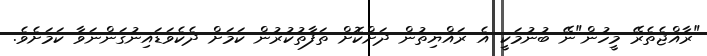
"ރާއްޖެތެރޭ މީހުން"ނޭ ބުނުމަކީ އެ ރައްޔިތުން ދަށްކޮށް ތަފާތުކުރުން ކަމަށް ދެކެވަޑައިނުގަންނަވާ ކަމަށެވެ.